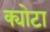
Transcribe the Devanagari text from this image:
क्योटा